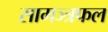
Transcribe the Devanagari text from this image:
सामञ्त्रफल